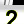
Digit: 2